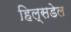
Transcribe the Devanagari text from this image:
हिल्सडेल